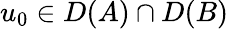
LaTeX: u_{0}\in D(A)\cap D(B)